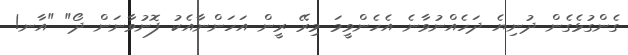
ގެންގުޅެގެން ދުނިޔެ ދަހެއްނުވާނެ އެހެންވީމަ މިރޭ ރީން އަހަންނާއެކު ފޮނުވާނަން ދޯ" "އާނ!